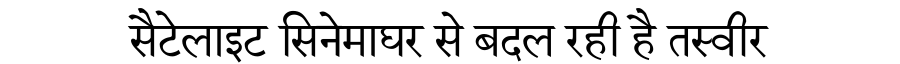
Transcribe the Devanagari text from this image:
सैटेलाइट सिनेमाघर से बदल रही है तस्वीर